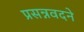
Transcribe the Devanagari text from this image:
प्रसन्नवदने